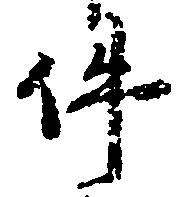
件